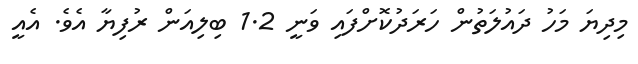
މިދިޔަ މަހު ދައުލަތުން ހަރަދުކޮށްފައި ވަނީ 1.2 ބިލިއަން ރުފިޔާ އެވެ. އެއީ